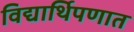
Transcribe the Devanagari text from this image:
विद्यार्थिपणात